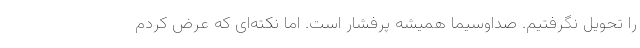
را تحویل نگرفتیم. صداوسیما همیشه پرفشار است. اما نکته‌ای که عرض کردم